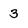
Character: 3